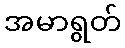
အမာရွတ်